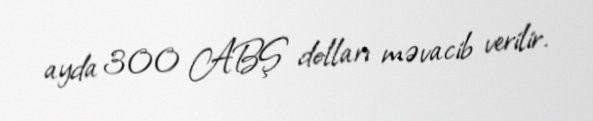
ayda 300 ABŞ dolları məvacib verilir.